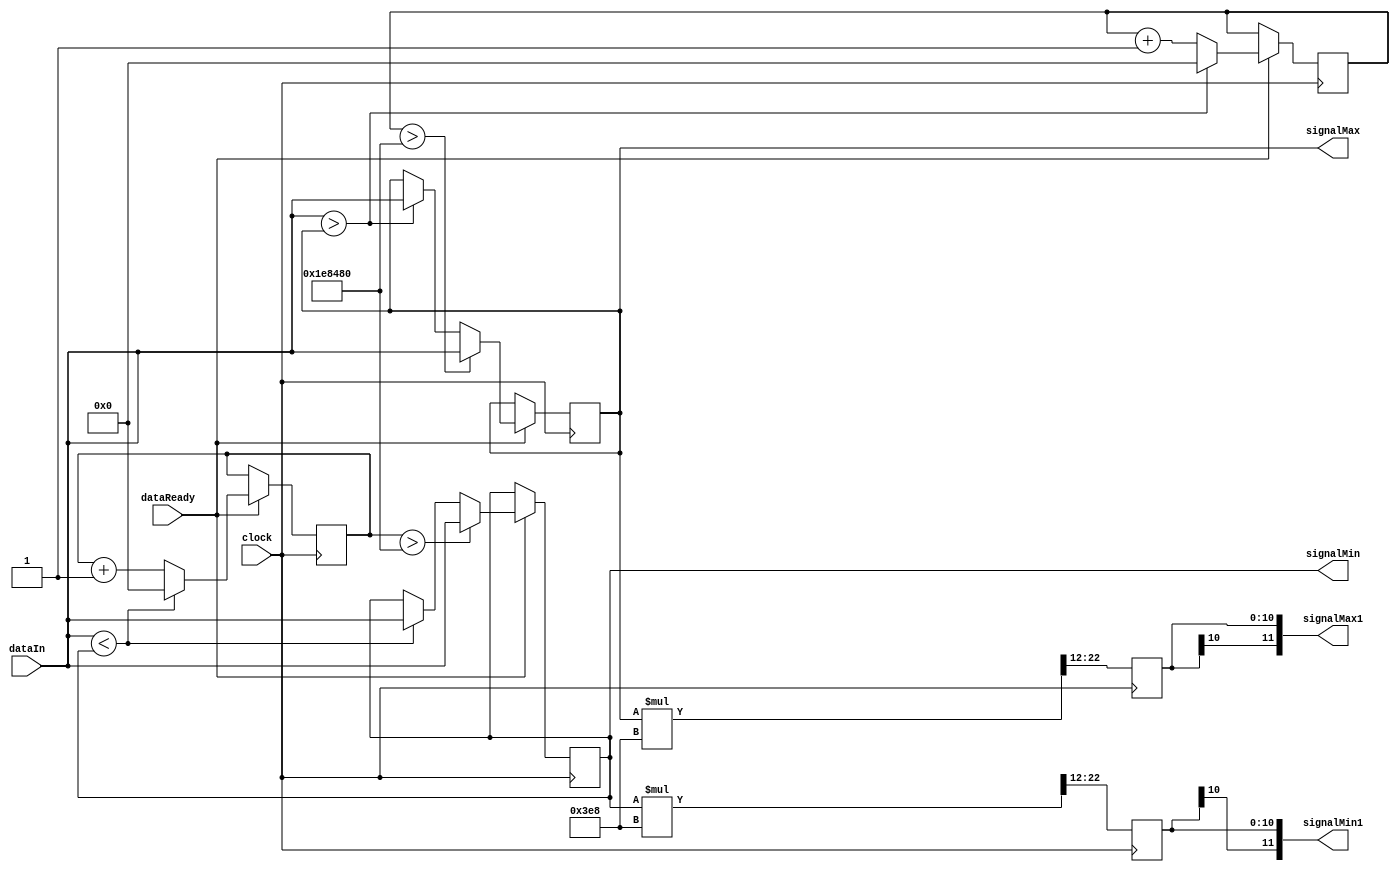
`timescale 1ns / 1ps
`define OPERATE(x) (($signed(x) * 1000) >>12)
module measure #(parameter DATA_BITS = 12,
                 parameter MAX_MIN_RESET_DATA_CYCLES = 2000000)
                (input clock,
                 input dataReady,
                 input signed [DATA_BITS-1:0]dataIn,
                 output reg signed [DATA_BITS-1:0] signalMax = -102400,
                 output reg signed [DATA_BITS-1:0] signalMin = 102400,
                 output reg signed [DATA_BITS-1:0] signalMax1 = -102400,
                 output reg signed [DATA_BITS-1:0] signalMin1 = 102400);
    reg [25:0] timeSinceMax = 0;
    reg [25:0] timeSinceMin = 0;
    
    always @(posedge clock) begin
        signalMax1 <= `OPERATE(signalMax);
        signalMin1 <= `OPERATE(signalMin);
        if (dataReady) begin
            if (dataIn > signalMax) begin
                signalMax    <= dataIn;
                timeSinceMax <= 0;
            end else
                timeSinceMax <= timeSinceMax + 1;
            if (dataIn < signalMin) begin
                signalMin    <= dataIn;
                timeSinceMin <= 0;
            end else
                timeSinceMin <= timeSinceMin + 1;
            if (timeSinceMin > MAX_MIN_RESET_DATA_CYCLES) begin
                signalMin <= dataIn;
            end
            if (timeSinceMax > MAX_MIN_RESET_DATA_CYCLES) begin
                signalMax <= dataIn;
            end
        end
    end
endmodule